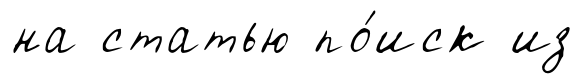
на статью по́иск из